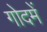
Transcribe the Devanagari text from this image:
गोदमें